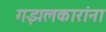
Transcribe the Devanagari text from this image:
गझलकारांना